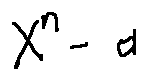
X ^ { n } - a